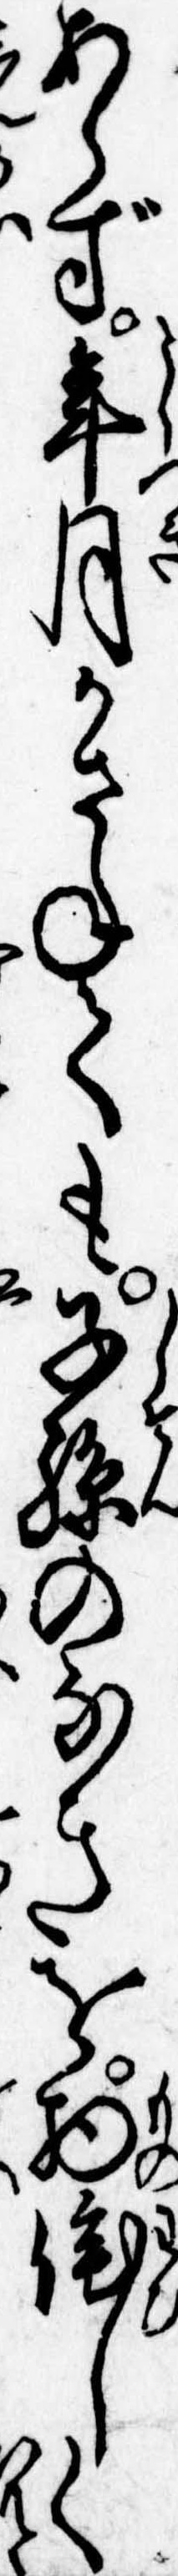
あらず年月かさねても子孫のなきを物詫しく